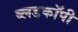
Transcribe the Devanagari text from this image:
ब्लडकॉपी